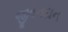
જીવનદાન